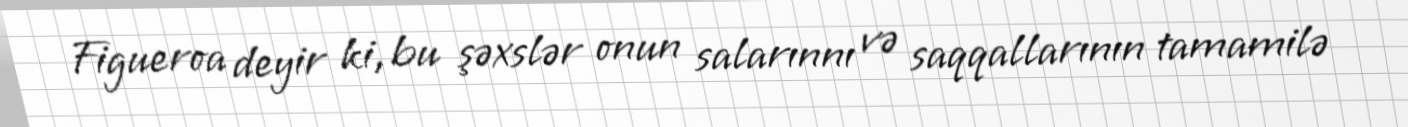
Figueroa deyir ki, bu şəxslər onun salarınnı və saqqallarının tamamilə